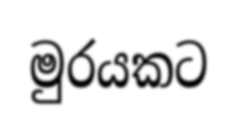
මුරයකට